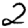
Digit: 2